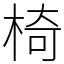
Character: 椅